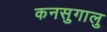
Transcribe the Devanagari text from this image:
कनसुगालु